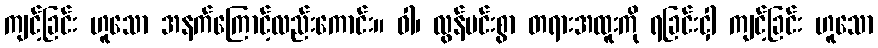
ကျင့်ခြင်း ဟူသော အနက်ကြောင့်လည်းကောင်း။ ဝါ၊ လွန်မင်းစွာ တရားအထူးကို ရခြင်းငှါ ကျင့်ခြင်း ဟူသော